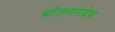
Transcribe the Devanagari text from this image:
चोलगंगदेव